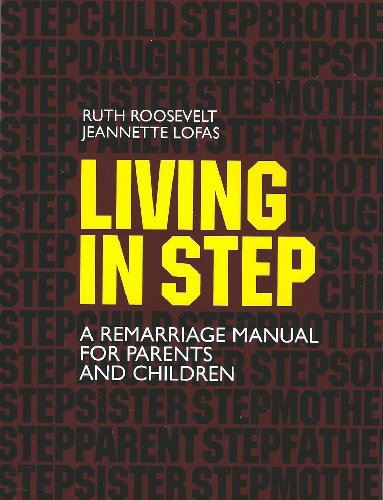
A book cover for Living in Step; Ruth Roosevelt; Parenting & Relationships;